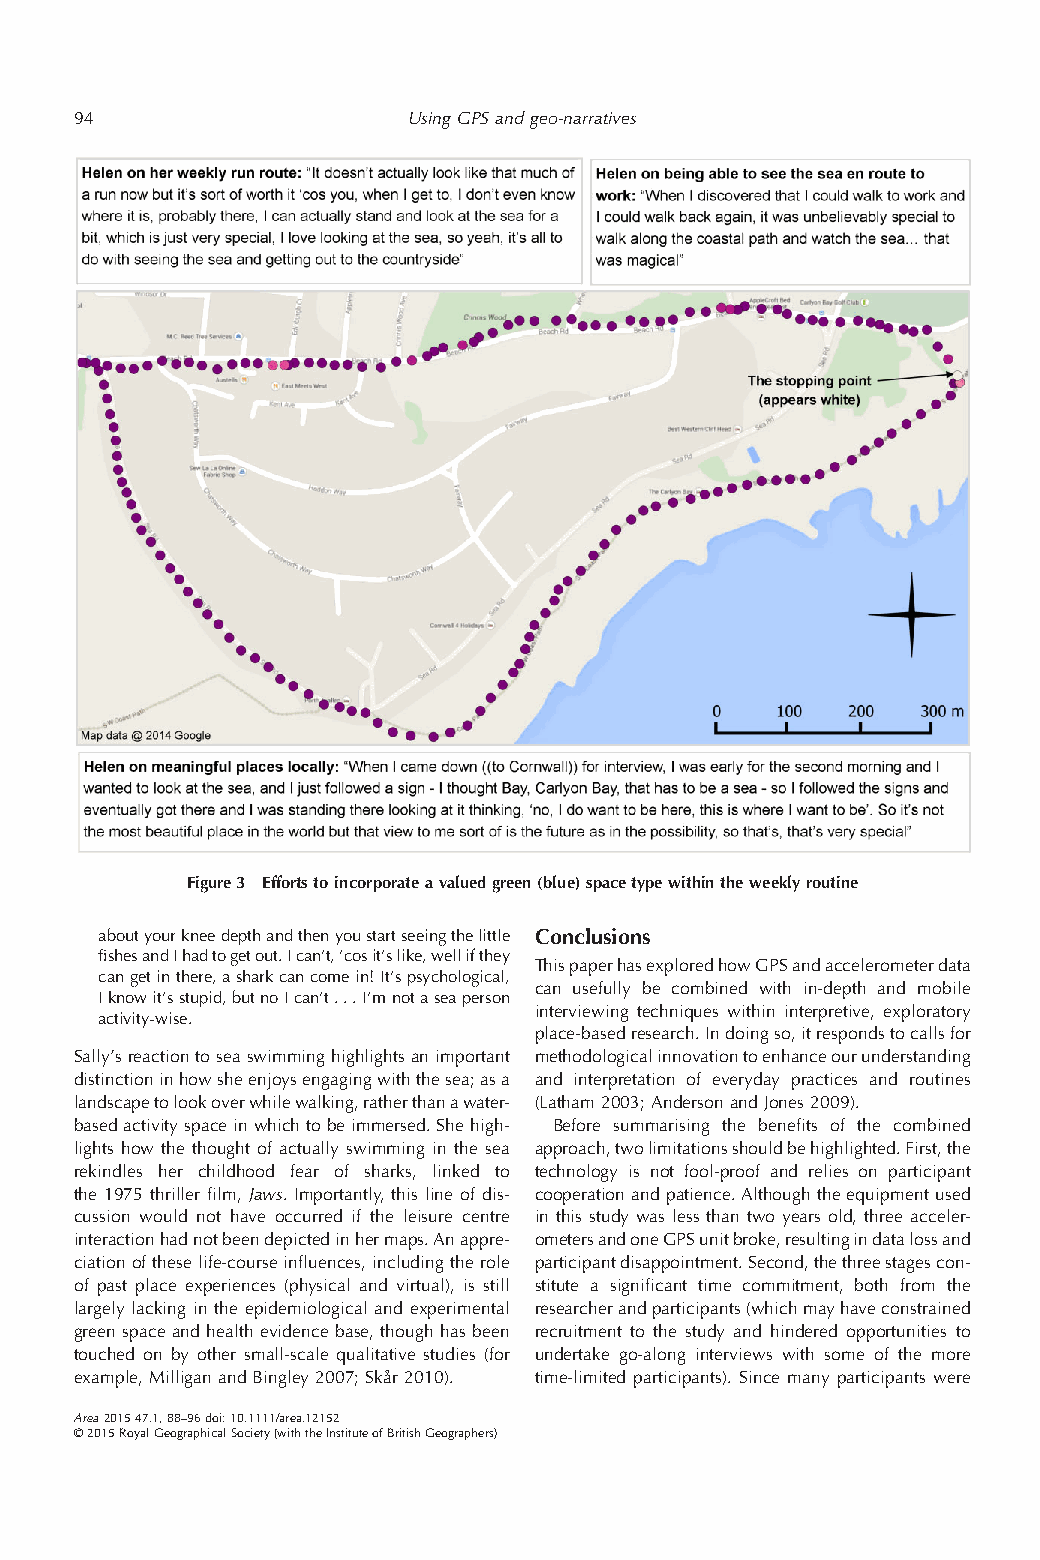
94                    UsingGPSandgeo-narratives
 Figure3 Effortstoincorporateavaluedgreen(blue)spacetypewithintheweeklyroutine
 aboutyourkneedepthandthenyoustartseeingthelittle Conclusions
 fishesandIhadtogetout.Ican’t,’cosit’slike,wellifthey
 ThispaperhasexploredhowGPSandaccelerometerdata
 cangetinthere,asharkcancomein!It’spsychological,
 can usefully be combined with in-depth and mobile
 Iknowit’sstupid,butnoIcan’t...I’mnotaseaperson
 interviewing techniques within interpretive, exploratory
 activity-wise.
 place-basedresearch.Indoingso,itrespondstocallsfor
 Sally’sreactiontoseaswimminghighlightsanimportant methodologicalinnovationtoenhanceourunderstanding
 distinctioninhowsheenjoysengagingwiththesea;asa and interpretation of everyday practices and routines
 landscapetolookoverwhilewalking,ratherthanawater- (Latham2003;AndersonandJones2009).
 basedactivityspaceinwhichtobeimmersed.Shehigh- Before summarising the benefits of the combined
 lights how the thought of actually swimming in the sea approach,twolimitationsshouldbehighlighted.First,the
 rekindles her childhood fear of sharks, linked to technology is not fool-proof and relies on participant
 the 1975 thriller film, Jaws. Importantly, this line of dis- cooperationandpatience.Althoughtheequipmentused
 cussion would not have occurred if the leisure centre in this study was less than two years old, three acceler-
 interactionhadnotbeendepictedinhermaps.Anappre- ometersandoneGPSunitbroke,resultingindatalossand
 ciationoftheselife-courseinfluences,includingtherole participantdisappointment.Second,thethreestagescon-
 of past place experiences (physical and virtual), is still stitute a significant time commitment, both from the
 largely lacking in the epidemiological and experimental researcherandparticipants(whichmayhaveconstrained
 green space and health evidence base, though has been recruitment to the study and hindered opportunities to
 touched on by other small-scale qualitative studies (for undertake go-along interviews with some of the more
 example,MilliganandBingley2007;Skår2010). time-limited participants). Since many participants were
 Area201547.1,88–96doi:10.1111/area.12152
 ©2015RoyalGeographicalSociety(withtheInstituteofBritishGeographers)